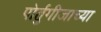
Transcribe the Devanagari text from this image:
पोर्तुगीजाच्या